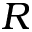
R